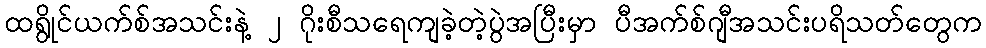
ထရွိုင်ယက်စ်အသင်းနဲ့ ၂ ဂိုးစီသရေကျခဲ့တဲ့ပွဲအပြီးမှာ ပီအက်စ်ဂျီအသင်းပရိသတ်တွေက